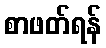
စာဖတ်ရန်